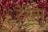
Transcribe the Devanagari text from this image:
टेर्रेंस